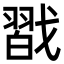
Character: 㦻